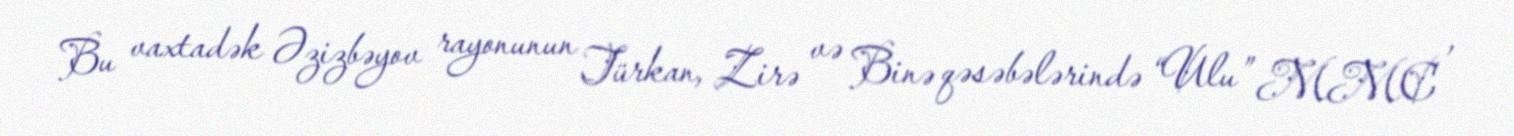
Bu vaxtadək Əzizbəyov rayonunun Türkan, Zirə və Binə qəsəbələrində “Ulu” MMC ,